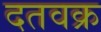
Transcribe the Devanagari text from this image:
दतवक्र